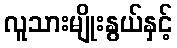
လူသားမျိုးနွယ်နှင့်